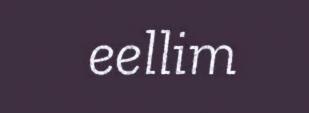
eellim